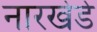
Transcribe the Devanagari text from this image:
नारखेडे